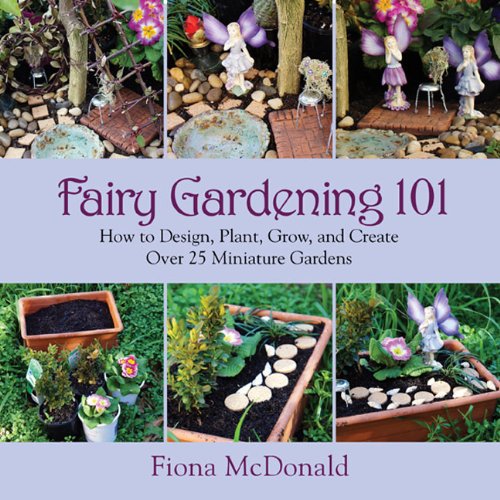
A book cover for Fairy Gardening 101: How to Design, Plant, Grow, and Create Over 25 Miniature Gardens; Fiona McDonald; Crafts, Hobbies & Home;